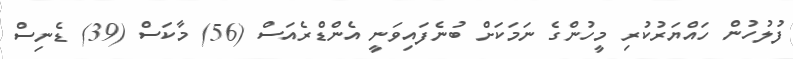
ފުލުހުން ހައްޔަރުކުރި މީހުންގެ ނަމަކަށް ބުނެފައިވަނީ އެންޑްރެއަސް (56) މާކަސް (39) ޑެނިސް